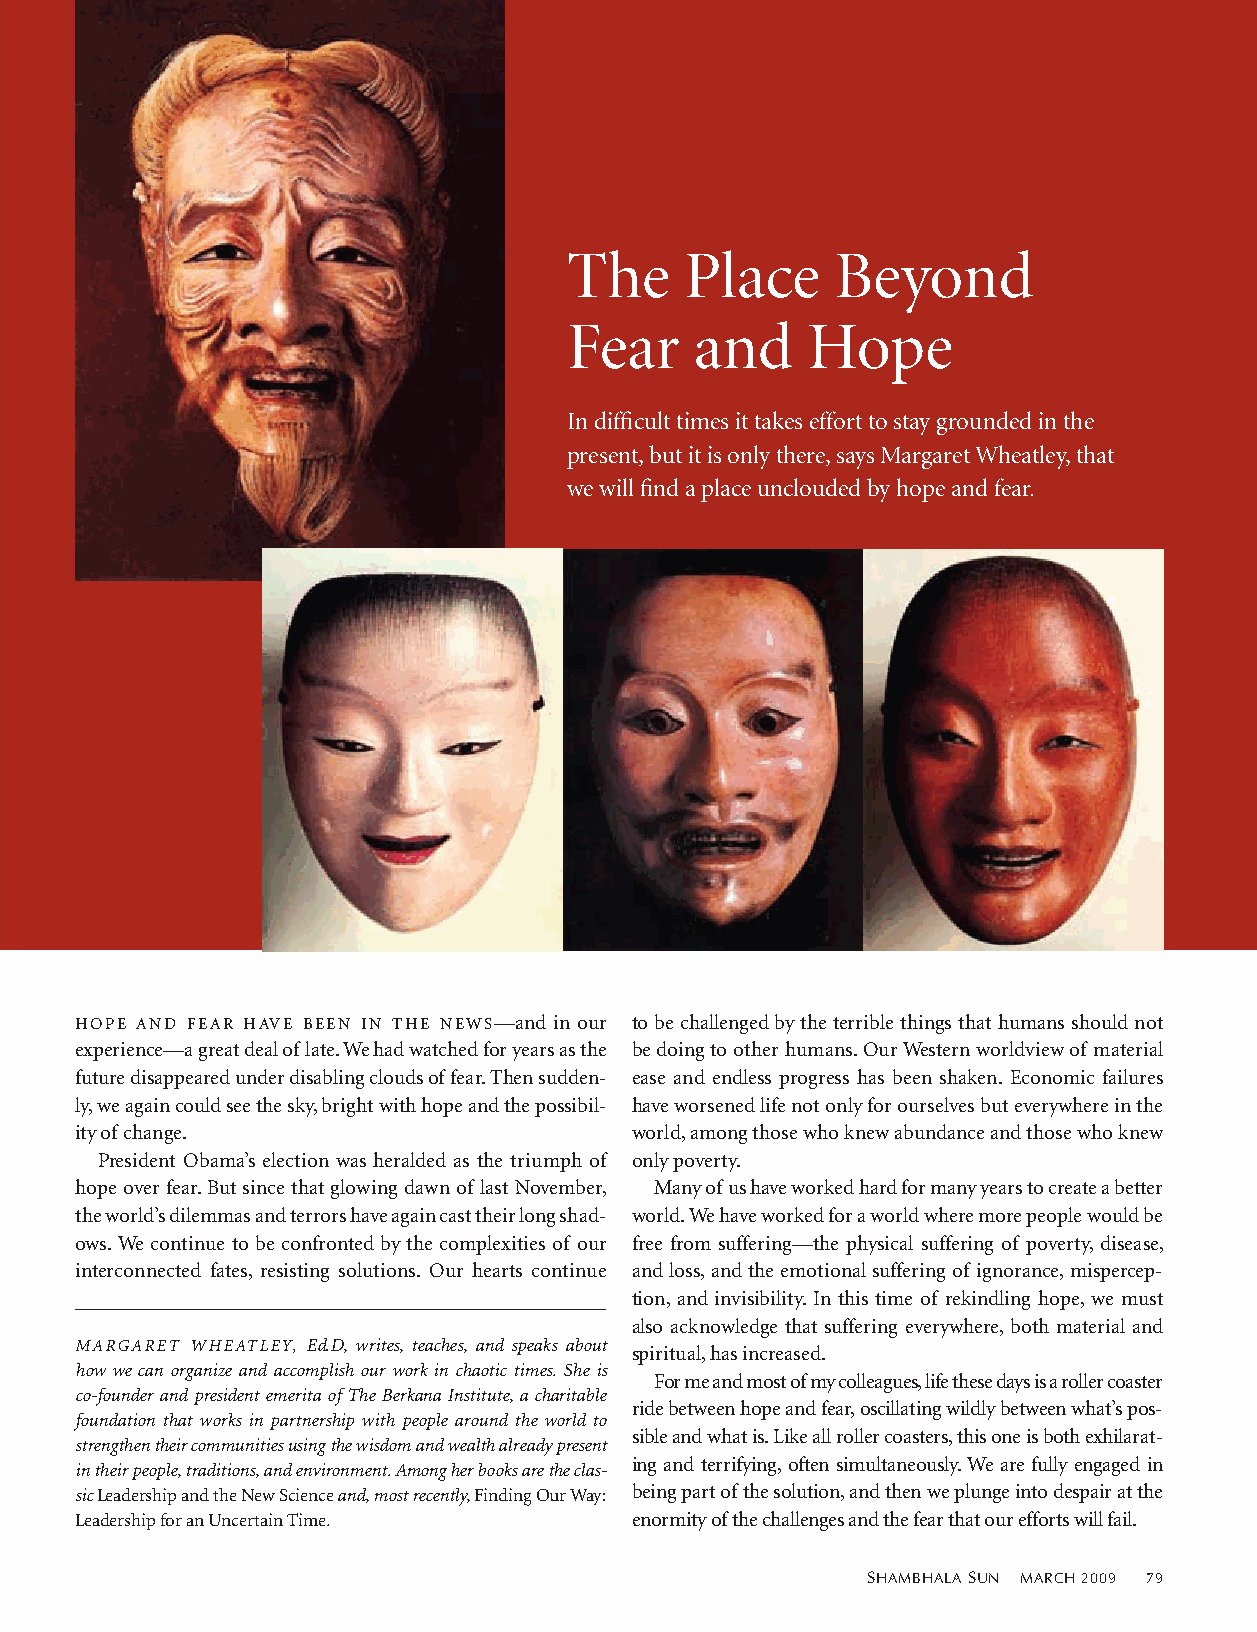
The    Place     Beyond
 Fear    and    Hope
 In difficult times it takes effort to stay grounded in the
 present, but it is only there, says Margaret Wheatley, that
 we will find a place unclouded by hope and fear.
 Hope and fear Have been in tHe news —and in our to be challenged by the terrible things that humans should not
 experience—a great deal of late. we had watched for years as the be doing to other humans. our western worldview of material
 future disappeared under disabling clouds of fear. then sudden- ease and endless progress has been shaken. economic failures
 ly, we again could see the sky, bright with hope and the possibil- have worsened life not only for ourselves but everywhere in the
 ity of change.                       world, among those who knew abundance and those who knew
 president obama’s election was heralded as the triumph of only poverty.
 hope over fear. but since that glowing dawn of last november, Many of us have worked hard for many years to create a better
 the world’s dilemmas and terrors have again cast their long shad- world. we have worked for a world where more people would be
 ows. we continue to be confronted by the complexities of our free from suffering—the physical suffering of poverty, disease,
 interconnected fates, resisting solutions. our hearts continue and loss, and the emotional suffering of ignorance, mispercep-
 tion, and invisibility. in this time of rekindling hope, we must
 also acknowledge that suffering everywhere, both material and
 Margaret Wheatley, ed.D, writes, teaches, and speaks about
 spiritual, has increased.
 how we can organize and accomplish our work in chaotic times. She is
 for me and most of my colleagues, life these days is a roller coaster
 co-founder and president emerita of the Berkana Institute, a charitable
 ride between hope and fear, oscillating wildly between what’s pos-
 foundation that works in partnership with people around the world to
 sible and what is. Like all roller coasters, this one is both exhilarat-
 strengthen their communities using the wisdom and wealth already present
 ing and terrifying, often simultaneously. we are fully engaged in
 in their people, traditions, and environment. among her books are the clas-
 sic Leadership and the new science and, most recently, finding our way: being part of the solution, and then we plunge into despair at the
 Leadership for an Uncertain time.    enormity of the challenges and the fear that our efforts will fail.
 SHAMBHALA SUN MArcH 2009 79